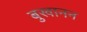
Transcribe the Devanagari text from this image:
बुखानन